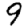
Digit: 9